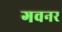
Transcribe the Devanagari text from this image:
गवनर